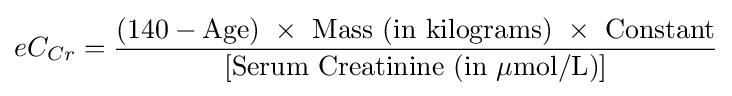
eC_{Cr}={\frac {\mathrm {(140-Age)} \ \times \ {\text{Mass (in kilograms)}}\ \times \ {\text{Constant}}}{[{\text{Serum Creatinine (in }}\mu \mathrm {mol/L)} ]}}